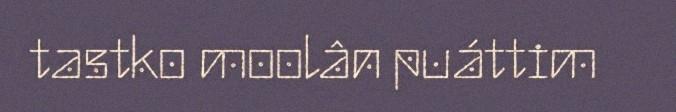
tastko moolân puáttim